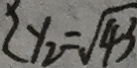
( y _ { 2 } = \sqrt { 4 3 }